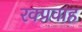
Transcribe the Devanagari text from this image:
रक्प्रवाह